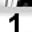
Digit: 1